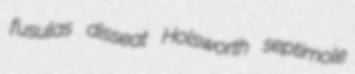
fusulas disseat Holsworth septimole